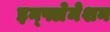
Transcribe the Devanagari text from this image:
इन्फ्लेमेशन